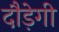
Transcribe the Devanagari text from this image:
दौड़ेगी